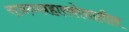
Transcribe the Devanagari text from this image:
राजव्यवहारकोशातील